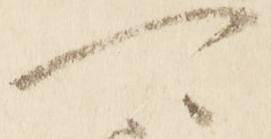
可